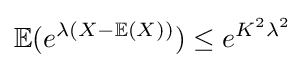
{\mathbb {E}}(e^{\lambda (X-{\mathbb {E}}(X))})\leq e^{K^{2}\lambda ^{2}}